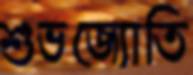
শুভজ্যোতি